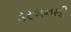
ડરબનથી